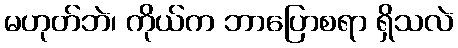
မဟုတ်ဘဲ၊ ကိုယ်က ဘာပြောစရာ ရှိသလဲ